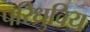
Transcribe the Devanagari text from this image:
परिध्रुविय